Senior Leaving Certificate, 1939
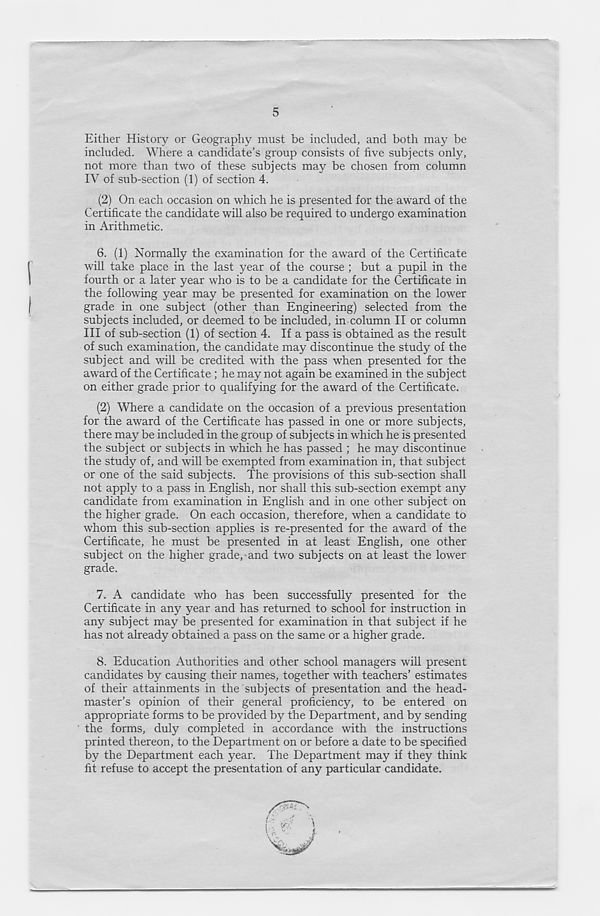
5
Either History or Geography must be included, and both may be
included. Where a candidate’s group consists of five subjects only,
not more than two of these subjects may be chosen from column
IV of sub-section (1) of section 4.
(2) On each occasion on which he is presented for the award of the
Certificate the candidate will also be required to undergo examination
in Arithmetic.
6. (1) Normally the examination for the award of the Certificate
will take place in the last year of the course ; but a pupil in the
fourth or a later year who is to be a candidate for the Certificate in
the following year may be presented for examination on the lower
grade in one subject (other than Engineering) selected from the
subjects included, or deemed to be included, in column II or column
III of sub-section (1) of section 4. If a pass is obtained as the result
of such examination, the candidate may discontinue the study of the
subject and will be credited with the pass when presented for the
award of the Certificate ; he may not again be examined in the subject
on either grade prior to qualifying for the award of the Certificate.
(2) Where a candidate on the occasion of a previous presentation
for the award of the Certificate has passed in one or more subjects,
there may be included in the group of subjects in which he is presented
the subject or subjects in which he has passed ; he may discontinue
the study of, and will be exempted from examination in, that subject
or one of the said subjects. The provisions of this sub-section shall
not apply to a pass in English, nor shall this sub-section exempt any
candidate from examination in English and in one other subject on
the higher grade. On each occasion, therefore, when a candidate to
whom this sub-section applies is re-presented for the award of the
Certificate, he must be presented in at least English, one other
subject on the higher grade, and two subjects on at least the lower
grade.
7. A candidate who has been successfully presented for the
Certificate in any year and has returned to school for instruction in
any subject may be presented for examination in that subject if he
has not already obtained a pass on the same or a higher grade.
8. Education Authorities and other school managers will present
candidates by causing their names, together with teachers’ estimates
of their attainments in the subjects of presentation and the head-
master’s opinion of their general proficiency, to be entered on
appropriate forms to be provided by the Department, and by sending
the forms, duly completed in accordance with the instructions
printed thereon, to the Department on or before a date to be specified
by the Department each year. The Department may if they think
fit refuse to accept the presentation of any particular candidate.